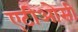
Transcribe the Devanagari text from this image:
एटीओसी